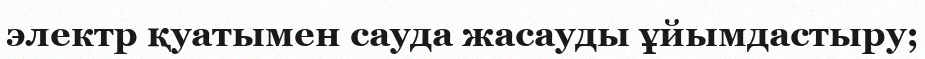
электр қуатымен сауда жасауды ұйымдастыру;